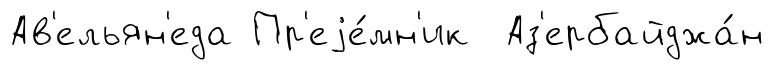
Ав'ельян'еда Пр'еjе́мн'ик Аз'ербайджа́н